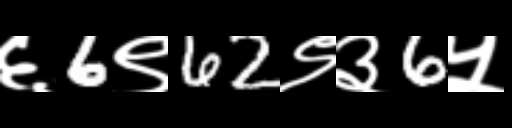
Text: ६6९62९३6५